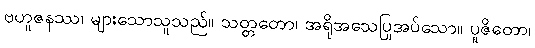
ဗဟူဇနဿ၊ များသောသူသည်။ သတ္တတော၊ အရိုအသေပြုအပ်သော။ ပူဇိတော၊